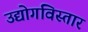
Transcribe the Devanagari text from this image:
उद्योगविस्तार